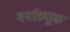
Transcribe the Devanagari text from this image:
मर्माड्यूक